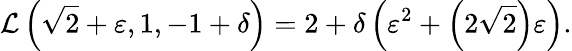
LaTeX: {\mathcal{L}}\left({\sqrt{2}}+\varepsilon,1,-1+\delta\right)=2+\delta\left(\varepsilon^{2}+\left(2{\sqrt{2}}\right)\varepsilon\right).